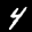
Label: 4